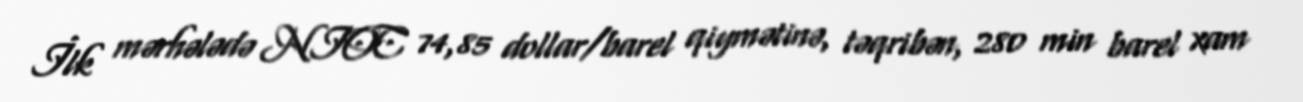
İlk mərhələdə NIOC 74,85 dollar/barel qiymətinə, təqribən, 280 min barel xam